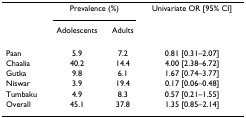
|  | <COLSPAN=2> Prevalence (%) | Univariate OR [95% CI] |
 |  | Adolescents | Adults |  |
 | --- | --- | --- | --- |
 | Paan | 5.9 | 7.2 | 0.81 [0.31–2.07] |
 | Chaalia | 40.2 | 14.4 | 4.00 [2.38–6.72] |
 | Gutka | 9.8 | 6.1 | 1.67 [0.74–3.77] |
 | Niswar | 3.9 | 19.4 | 0.17 [0.06–0.48] |
 | Tumbaku | 4.9 | 8.3 | 0.57 [0.21–1.55] |
 | Overall | 45.1 | 37.8 | 1.35 [0.85–2.14] |